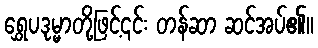
ရွှေပဒုမ္မာတို့ဖြင့်၎င်း တန်ဆာ ဆင်အပ်၏။